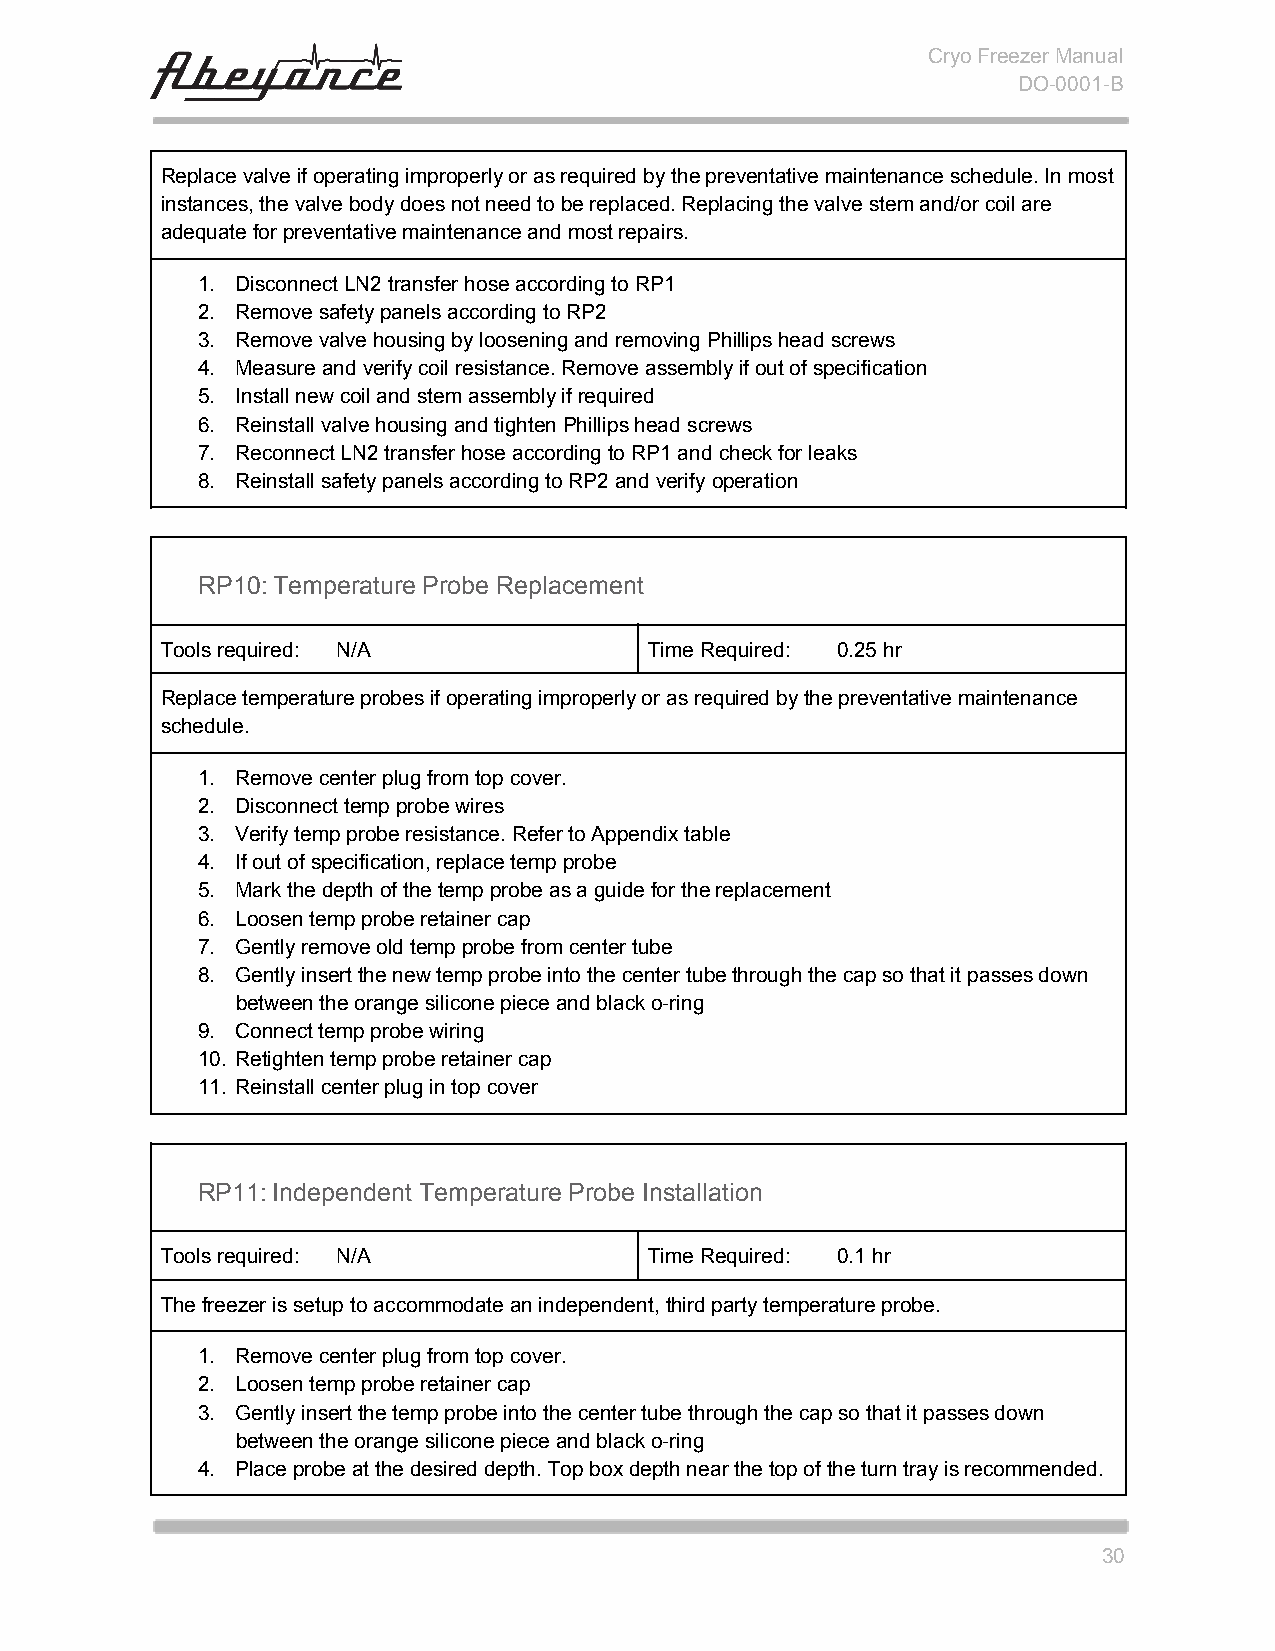
Cryo Freezer Manual
 DO-0001-B
 Replace valve if operating improperly or as required by the preventative maintenance schedule. In most
 instances, the valve body does not need to be replaced. Replacing the valve stem and/or coil are
 adequate for preventative maintenance and most repairs.
 1. Disconnect LN2 transfer hose according to RP1
 2. Remove safety panels according to RP2
 3. Remove valve housing by loosening and removing Phillips head screws
 4. Measure and verify coil resistance. Remove assembly if out of specification
 5. Install new coil and stem assembly if required
 6. Reinstall valve housing and tighten Phillips head screws
 7. Reconnect LN2 transfer hose according to RP1 and check for leaks
 8. Reinstall safety panels according to RP2 and verify operation
 RP10:Temperature Probe Replacement
 Tools required: N/A             Time Required: 0.25 hr
 Replace temperature probes if operating improperly or as required by the preventative maintenance
 schedule.
 1. Remove center plug from top cover.
 2. Disconnect temp probe wires
 3. Verify temp probe resistance. Refer to Appendix table
 4. If out of specification, replace temp probe
 5. Mark the depth of the temp probe as a guide for the replacement
 6. Loosen temp probe retainer cap
 7. Gently remove old temp probe from center tube
 8. Gently insert the new temp probe into the center tube through the cap so that it passes down
 between the orange silicone piece and black o-ring
 9. Connect temp probe wiring
 10. Retighten temp probe retainer cap
 11. Reinstall center plug in top cover
 RP11:Independent Temperature Probe Installation
 Tools required: N/A             Time Required: 0.1 hr
 The freezer is setup to accommodate an independent, third party temperature probe.
 1. Remove center plug from top cover.
 2. Loosen temp probe retainer cap
 3. Gently insert the temp probe into the center tube through the cap so that it passes down
 between the orange silicone piece and black o-ring
 4. Place probe at the desired depth. Top box depth near the top of the turn tray is recommended.
 30